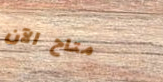
متاح الآن